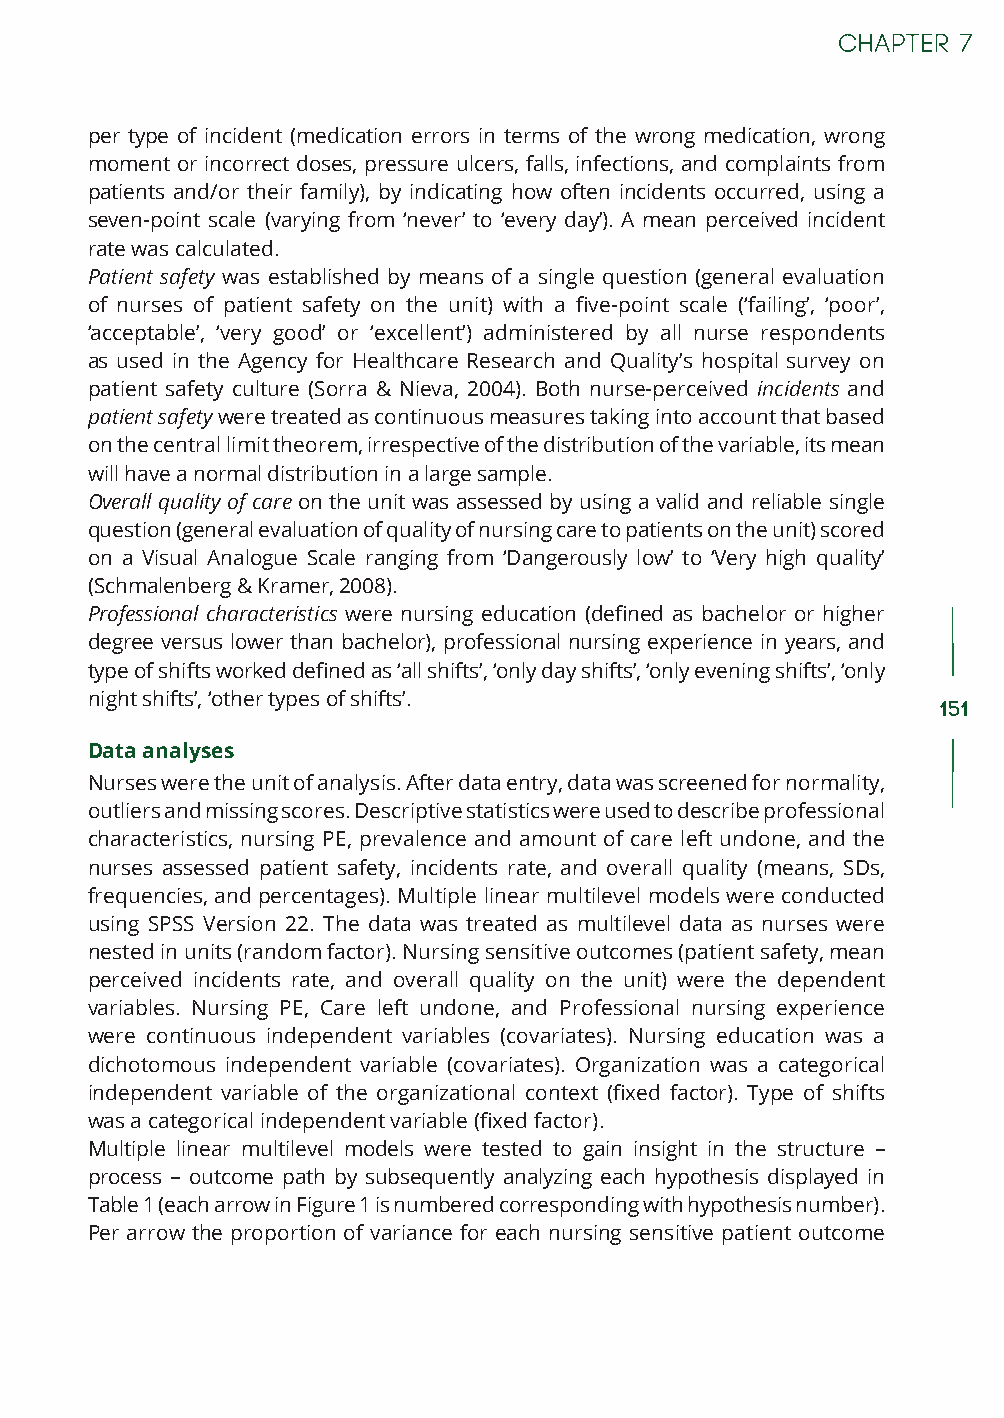
per type of incident (medication errors in terms of the wrong medication, wrong
 moment or incorrect doses, pressure ulcers, falls, infections, and complaints from
 patients and/or their family), by indicating how often incidents occurred, using a
 seven-point scale (varying from ‘never’ to ‘every day’). A mean perceived incident
 rate was calculated.
 Patient safety was established by means of a single question (general evaluation
 of nurses of patient safety on the unit) with a five-point scale (‘failing’, ‘poor’,
 ‘acceptable’, ‘very good’ or ‘excellent’) administered by all nurse respondents
 as used in the Agency for Healthcare Research and Quality’s hospital survey on
 patient safety culture (Sorra & Nieva, 2004). Both nurse-perceived incidents and
 patient safety were treated as continuous measures taking into account that based
 on the central limit theorem, irrespective of the distribution of the variable, its mean
 will have a normal distribution in a large sample.
 Overall quality of care on the unit was assessed by using a valid and reliable single
 question (general evaluation of quality of nursing care to patients on the unit) scored
 on a Visual Analogue Scale ranging from ‘Dangerously low’ to ‘Very high quality’
 (Schmalenberg & Kramer, 2008).
 Professional characteristics were nursing education (defined as bachelor or higher
 degree versus lower than bachelor), professional nursing experience in years, and
 type of shifts worked defined as ‘all shifts’, ‘only day shifts’, ‘only evening shifts’, ‘only
 night shifts’, ‘other types of shifts’.
 151
 Data analyses
 Nurses were the unit of analysis. After data entry, data was screened for normality,
 outliers and missing scores. Descriptive statistics were used to describe professional
 characteristics, nursing PE, prevalence and amount of care left undone, and the
 nurses assessed patient safety, incidents rate, and overall quality (means, SDs,
 frequencies, and percentages). Multiple linear multilevel models were conducted
 using SPSS Version 22. The data was treated as multilevel data as nurses were
 nested in units (random factor). Nursing sensitive outcomes (patient safety, mean
 perceived incidents rate, and overall quality on the unit) were the dependent
 variables. Nursing PE, Care left undone, and Professional nursing experience
 were continuous independent variables (covariates). Nursing education was a
 dichotomous independent variable (covariates). Organization was a categorical
 independent variable of the organizational context (fixed factor). Type of shifts
 was a categorical independent variable (fixed factor).
 Multiple linear multilevel models were tested to gain insight in the structure –
 process – outcome path by subsequently analyzing each hypothesis displayed in
 Table 1 (each arrow in Figure 1 is numbered corresponding with hypothesis number).
 Per arrow the proportion of variance for each nursing sensitive patient outcome